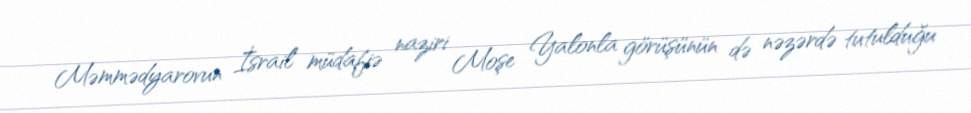
Məmmədyarovun İsrail müdafiə naziri Moşe Yalonla görüşünün də nəzərdə tutulduğu